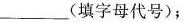
___(填字母代号)；